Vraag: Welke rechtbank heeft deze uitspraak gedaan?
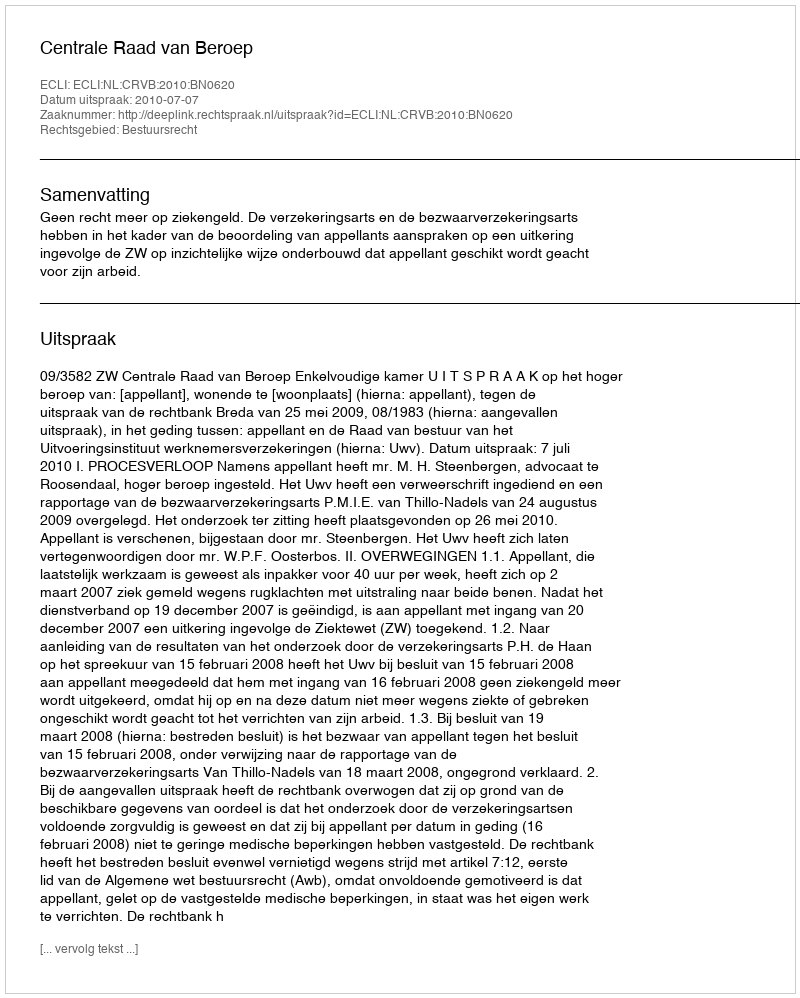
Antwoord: Centrale Raad van Beroep